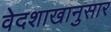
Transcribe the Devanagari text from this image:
वेदशाखानुसार